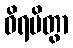
ဝိရမိတွာ